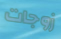
زوجات